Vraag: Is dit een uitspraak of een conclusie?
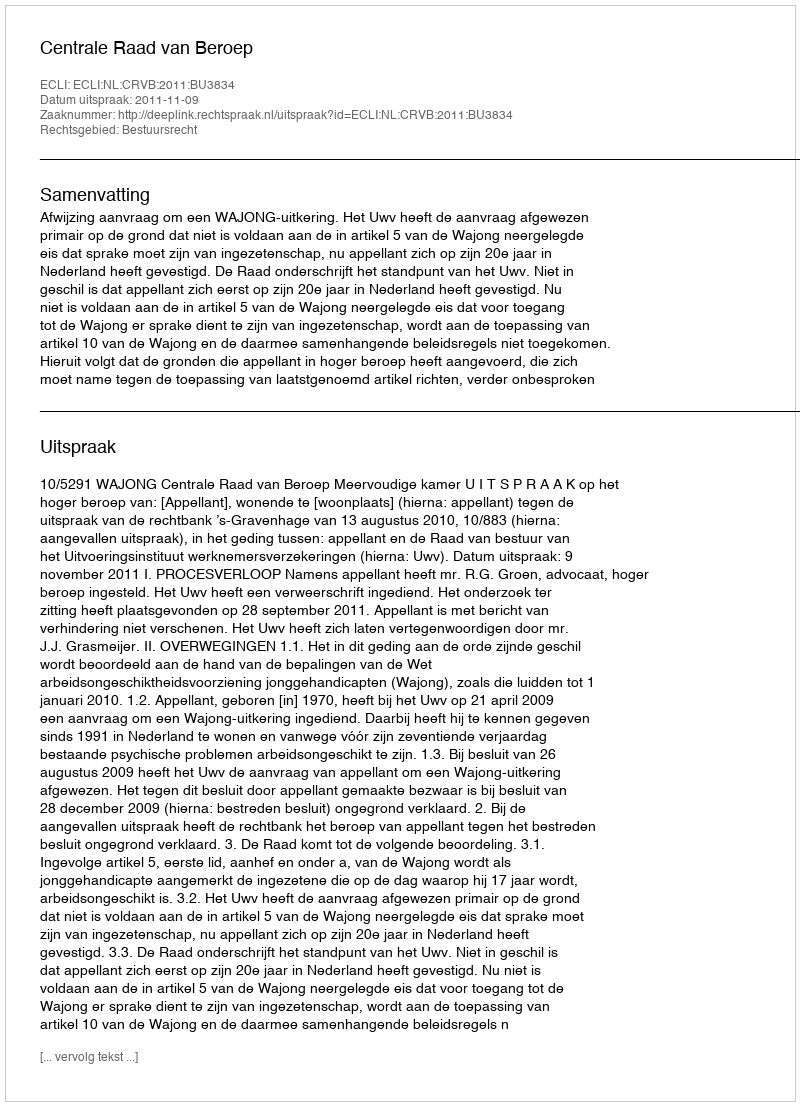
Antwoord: Uitspraak